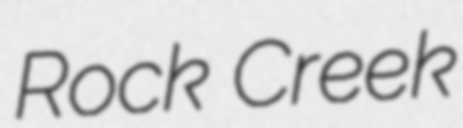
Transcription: Rock Creek